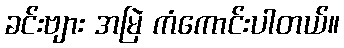
ခင်းဗျား အမြဲ ကံကောင်းပါတယ်။